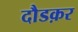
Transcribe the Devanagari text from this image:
दौडक़र